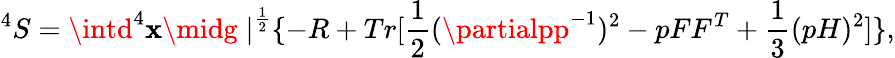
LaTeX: ^4S=\intd^{4}\mathbf{x}{\midg\mid}^{\frac{{1}}{{2}}}\{ -R+Tr[\frac{{1}}{{2}}(\partialpp^{-1})^{2}-pFF^{T}+\frac{{1}}{{3}}(pH)^{2}]\} ,